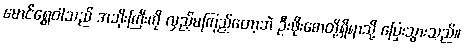
မောင်ရွှေဝါသည် အဘိုးကြီးကို လှည့်မကြည့်တော့ဘဲ ဦးဖိုးစောတို့ရှိရာသို့ ပြေးသွားသည်။